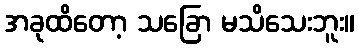
အခုထိတော့ သခြော မသိသေးဘူး။